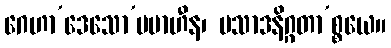
ဂေဟာ’ဒေသော’ပမာဟီန၊ ပသာဒနိဂ္ဂတာ’စ္စယေ။